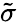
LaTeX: \tilde{\sigma}